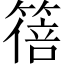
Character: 𫂕